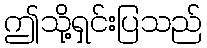
ဤသို့ရှင်းပြသည်